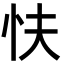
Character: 𢗲